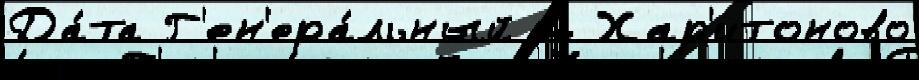
Да́та Г'ен'ера́льный м Хар'итоново